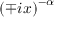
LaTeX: \left( \mp i x \right) ^ { - \alpha }